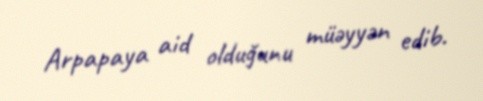
Arpapaya aid olduğunu müəyyən edib.